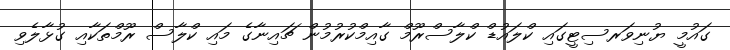
ގައުމީ ޔުނިވަރސިޓީގައި ކްލައުޑް ކްލާސްރޫމް ގާއިމްކުރުމުން ޗައިނާގެ މައި ކްލާސް ރޫމްތަކާއި ގުޅާލެވި